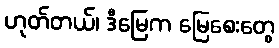
ဟုတ်တယ်၊ ဒီမြေက မြေစေးတွေ